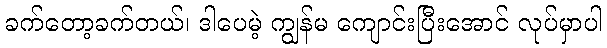
ခက်တော့ခက်တယ်၊ ဒါပေမဲ့ ကျွန်မ ကျောင်းပြီးအောင် လုပ်မှာပါ